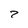
Character: z